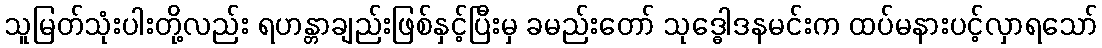
သူမြတ်သုံးပါးတို့လည်း ရဟန္တာချည်းဖြစ်နှင့်ပြီးမှ ခမည်းတော် သုဒ္ဓေါဒနမင်းက ထပ်မနားပင့်လှာရသော်